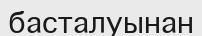
басталуынан